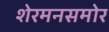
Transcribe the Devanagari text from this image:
शेरमनसमोर